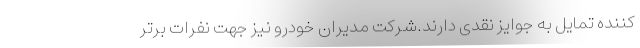
کننده تمایل به جوایز نقدی دارند.شرکت مدیران خودرو نیز جهت نفرات برتر